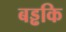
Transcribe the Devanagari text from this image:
बड्ढकि